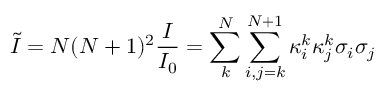
\tilde { I } = { N ( N + 1 ) ^ { 2 } } \frac { I } { I _ { 0 } } = \sum _ { k } ^ { N } { \sum _ { i , j = k } ^ { N + 1 } { \kappa _ { i } ^ { k } \kappa _ { j } ^ { k } { \sigma _ { i } } { \sigma _ { j } } } }